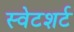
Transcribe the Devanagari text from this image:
स्वेटशर्ट